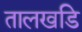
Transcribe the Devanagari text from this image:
तालखडि